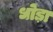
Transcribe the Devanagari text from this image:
धोड़ा